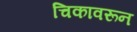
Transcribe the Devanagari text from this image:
चिकावरून